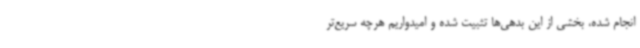
انجام شده، بخشی از این بدهی‌ها تثبیت شده و امیدواریم هرچه سریع‌تر